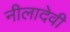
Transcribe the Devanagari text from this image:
नीलादेवी